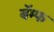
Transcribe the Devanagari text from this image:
बॅम्फ